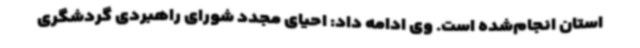
استان انجام‌شده است. وی ادامه داد: احیای مجدد شورای راهبردی گردشگری